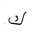
Letter: _kaf